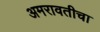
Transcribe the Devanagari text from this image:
अमरावतीचा